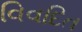
વિવદિત